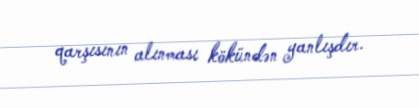
qarşısının alınması kökündən yanlışdır.